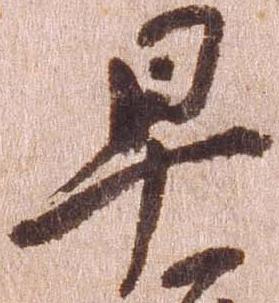
早